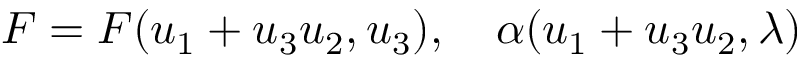
F = F ( u _ { 1 } + u _ { 3 } u _ { 2 } , u _ { 3 } ) , \quad \alpha ( u _ { 1 } + u _ { 3 } u _ { 2 } , \lambda )